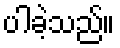
ပါခဲ့သည်။